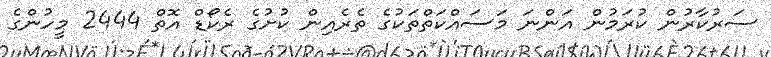
ސަރުކާރުން ކުރަމުން އަންނަ މަސައްކަތްތަކުގެ ތެރެއިން ކުށުގެ ރެކޯޑް އޮތް 2444 މީހުންގެ